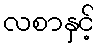
လစာနှင့်